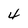
Character: 4